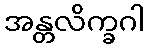
အန္တလိက္ခဂါ